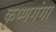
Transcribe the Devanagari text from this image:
कृष्णगंगा